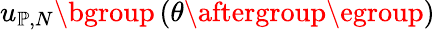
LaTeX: u_{\mathbb{P},N}\mathopen{}\mathclose\bgroup\left(\theta\aftergroup\egroup\right)